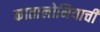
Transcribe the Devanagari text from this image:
कातालोनियाची